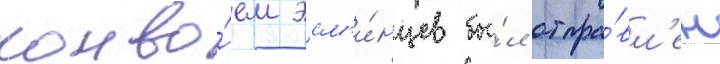
конво́ем эсм'и́нцев бы́л отпра́вл'ен